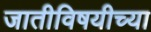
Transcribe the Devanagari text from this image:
जातीविषयीच्या